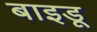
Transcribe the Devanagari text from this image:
बाइडू